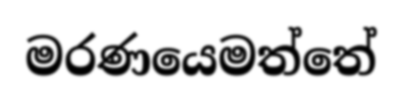
මරණයෙමත්තේ